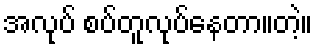
အလုပ် စပ်တူလုပ်နေတာ။တဲ့။